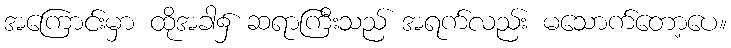
အကြောင်းမှာ ထိုအခါ၌ ဆရာကြီးသည် အရက်လည်း မသောက်တော့ပေ။